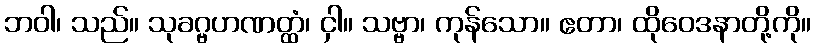
ဘဝါ၊ သည်။ သုခဂ္ဗဟဏတ္ထံ၊ ငှါ။ သဗ္ဗာ၊ ကုန်သော။ ဧတာ၊ ထိုဝေဒနာတို့ကို။